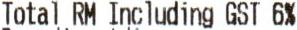
TOTAL RM INCLUDING GST 6%